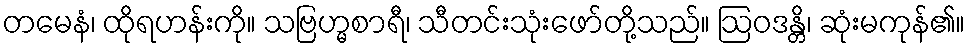
တမေနံ၊ ထိုရဟန်းကို။ သဗြဟ္မစာရီ၊ သီတင်းသုံးဖော်တို့သည်။ ဩဝဒန္တိ၊ ဆုံးမကုန်၏။